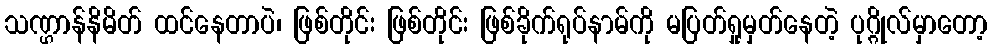
သဏ္ဌာန်နိမိတ် ထင်နေတာပဲ၊ ဖြစ်တိုင်း ဖြစ်တိုင်း ဖြစ်ခိုက်ရုပ်နာမ်ကို မပြတ်ရှုမှတ်နေတဲ့ ပုဂ္ဂိုလ်မှာတော့